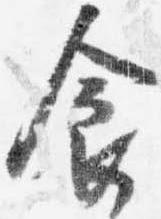
食